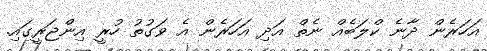
އަހަރެން ދާނެ ކްލަބެއް ނެތް އަދި އަހަރެން އެ ވަގުތު ހުރީ އިންޖަރީގައި.